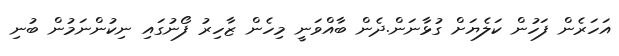
އަހަރެން ފަހުން ކަލެޔަށް ގުޅާނަން.ދެން ބާއްވަނީ މިހެން ޒާހިރު ފޯނުގައި ނިކުންނަމުން ބުނި